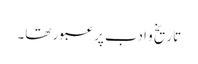
تاریخ و ادب پر عبور تھا۔